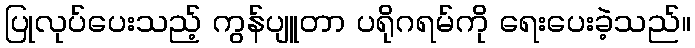
ပြုလုပ်ပေးသည့် ကွန်ပျူတာ ပရိုဂရမ်ကို ရေးပေးခဲ့သည်။